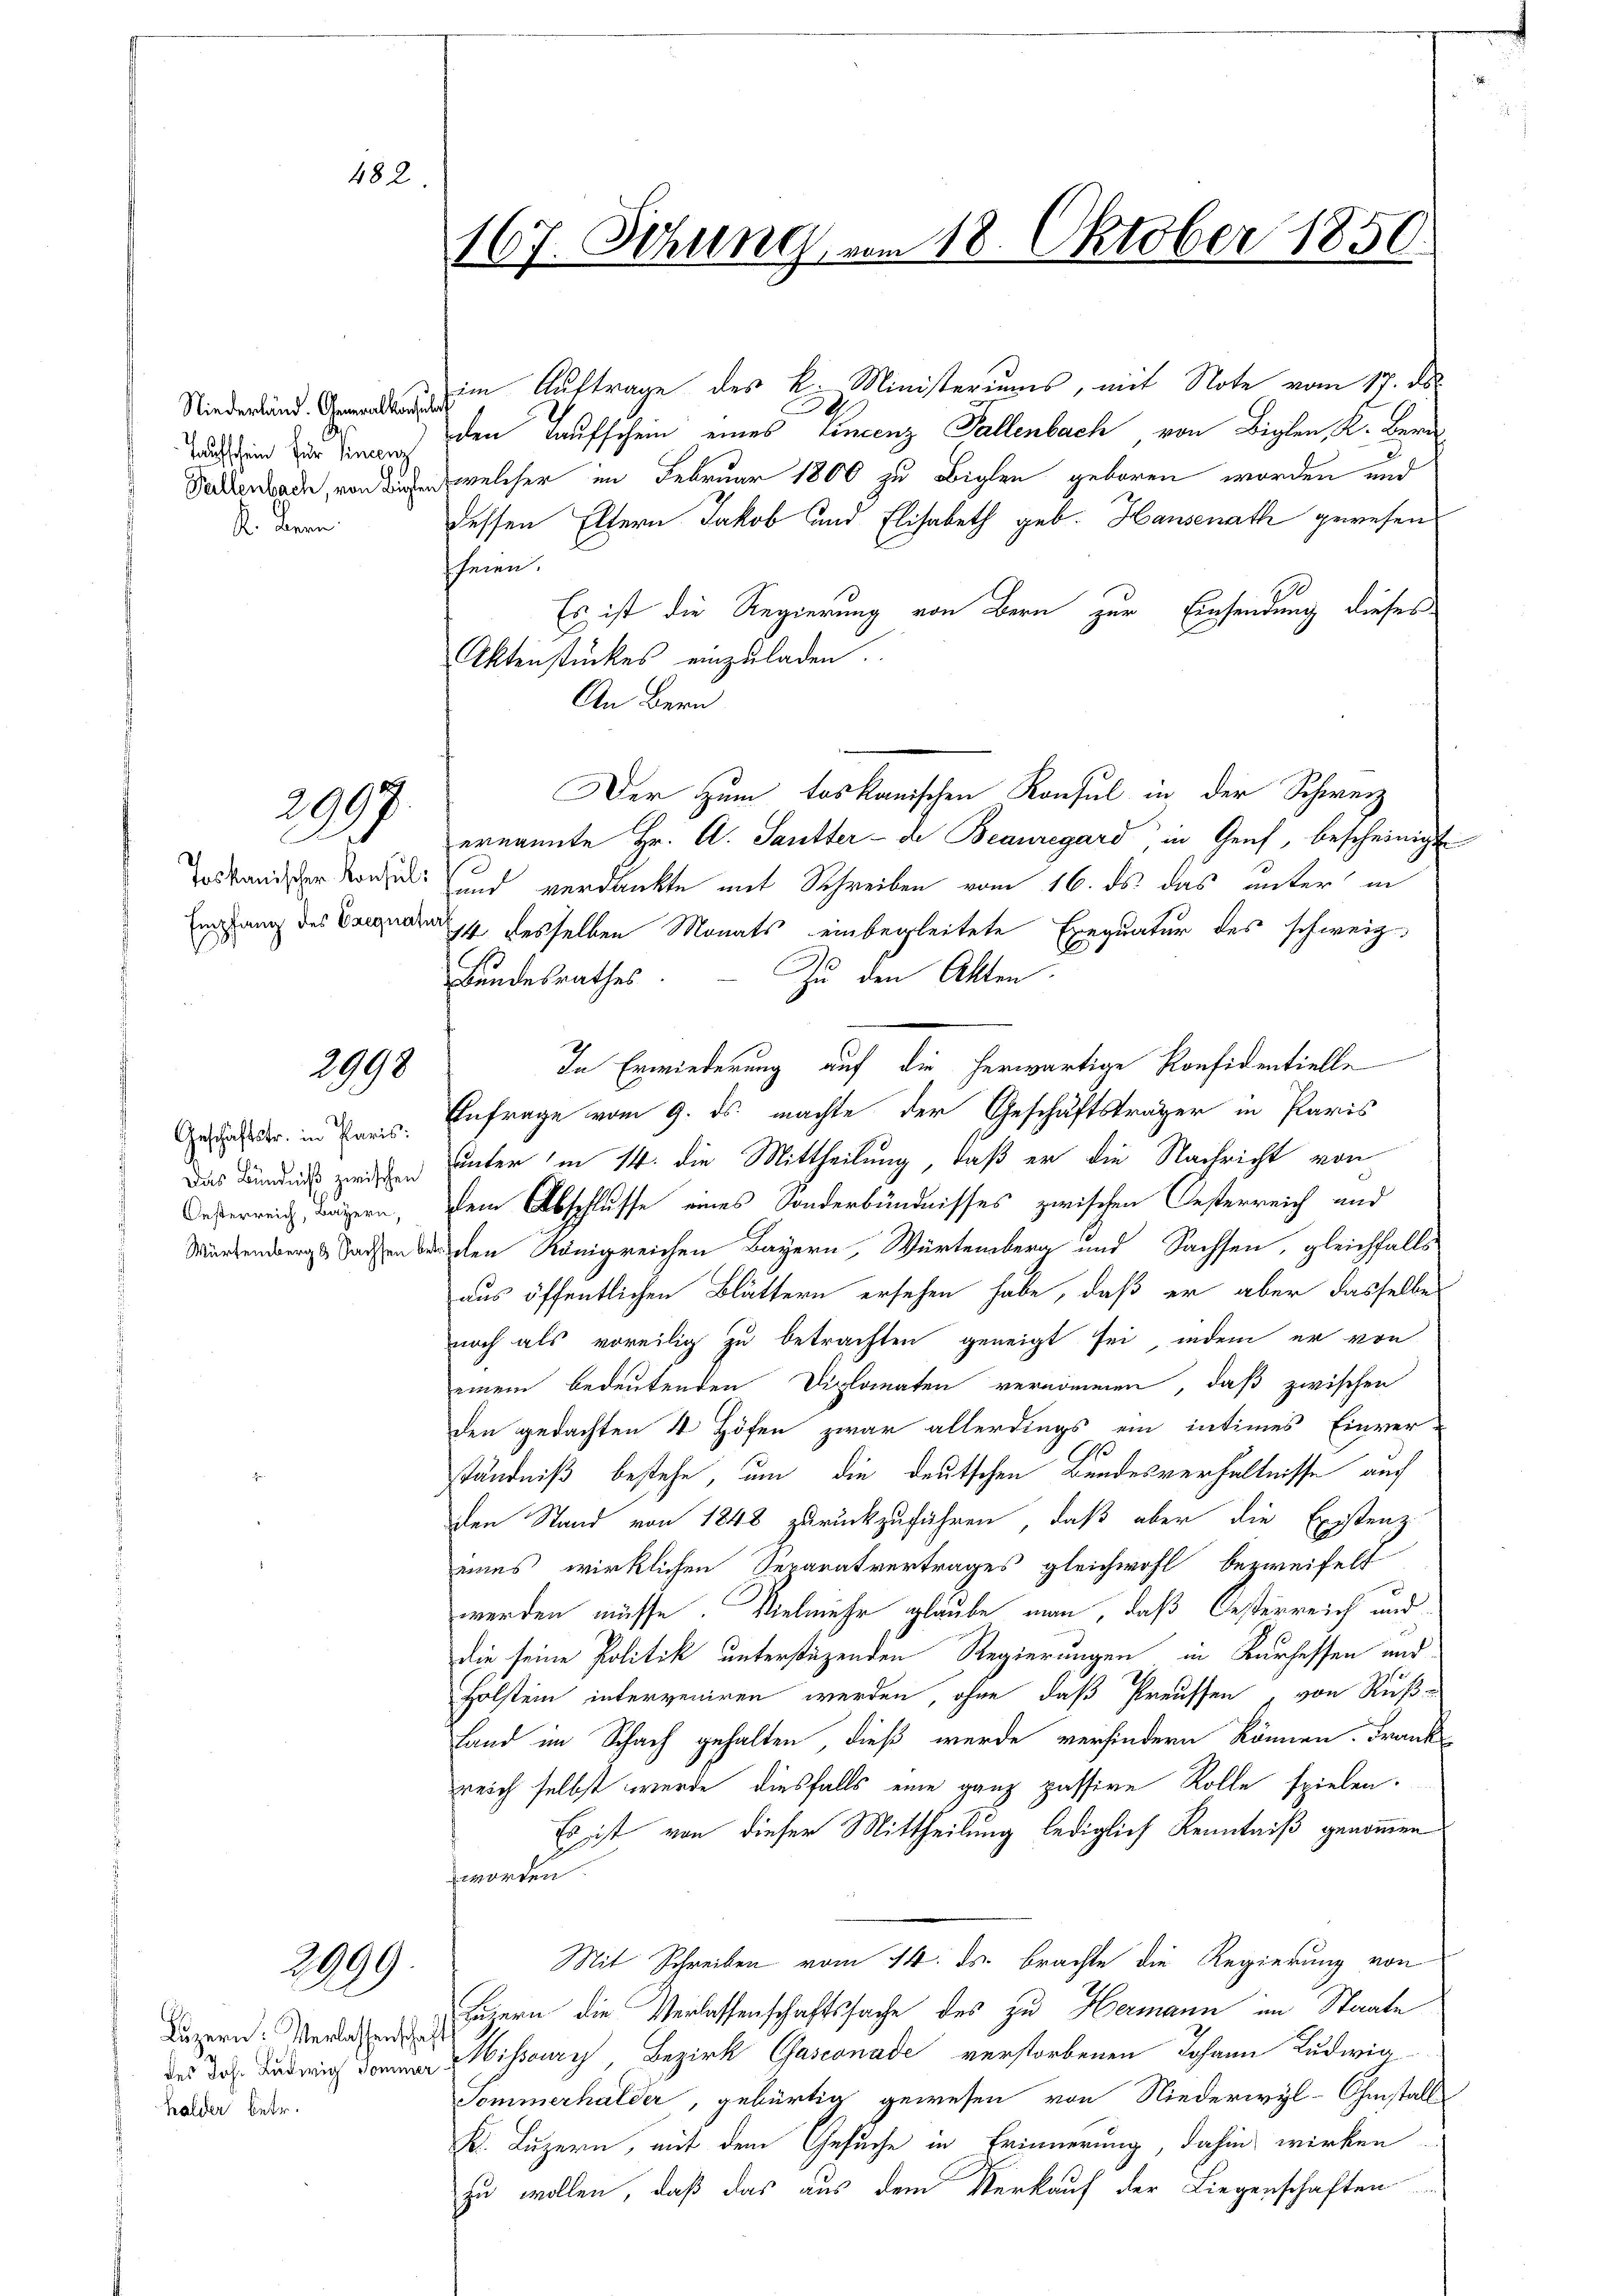
482.

Taufschein für Vincenz
K. Bern

2097.
C

2998

.
Geschäftstr. in Paris:
Oesterreich, Bayern,
Würtembergs Sachsen

2999.

Luzern: Verlassenschafts
halder betr.

167. Sitzung vom 18. Oktober 1850.

.. Auftrage des k. Ministeriums, mit Note vom 17. ds.
den Taufschein eines Vincenz Fallenbach von Biglen K. Bern
Sederbach, von den welcher im Februar 1800 zu obigen geboren worden und
dessen Eltern Jakob und Elisabeth geb. Hausenath gewesen
heien.
Es ist die Regierung von Bern zur Einsendung dieses
Aktenstückes einzuladen.
An Bern
Der zum toskanischen Konsul in der Schwerz
ernannte Hr. A. Sautter - de Beauregard in Genf, bescheinigt
os ander Weide und verdankte mit Schreiben vom 16. ds. das unter in
mähung des anden desselben Monats einbegleitete Exequatur des schweiz.
Zu den Akten.
Bundesrathes
In Erwiederung auf die herwärtige Konfidentielle
Anfrage vom 9. ds. machte der Geschäftsträger in Paris
Das Kind zweiten unter in 14. die Mittheilung, daß er die Nachricht von
dem Abschlusse eines Sonderbündnisses zwischen Oesterreich und
eden Königreichen Bayern, Würtemberg und Sachsen, gleichfalls
aus öffentlichen Blättern ersehen habe, daß er aber dasselbe
noch als voreilig zu betrachten geneigt sei, indem er von
einem bedeutenden Diplomaten vernommen, daß zwischen
den gedachten 4 Höfen zwar allerdings ein intimes Einver-
ständniß bestehe, um die deutschen Bundesverhältnisse auf
den Stand von 1848 zurückzuführen, daß aber die Existenz
eines wirklichen Separatvertrages gleichwohl bezweifelt
werden müsse. Vielmehr glaube man, daß Oesterreich und
die seine Politik unterstüzenden Regierungen in Kurhessen und
Holstein interveniren werden, ohne daß Preussen, von Ruß-
Land im Schach gehalten, dieß wurde verhindern können. Frank
reich selbst werde, diesfalls eine ganz passive Rolle spielen.
Es ist von dieser Mittheilung lediglich Kenntniß genommen
worden
Mit Schreiben vom 14. ds. brachte die Regierung von
Luzern die Verlassenschaftssache des zu Hermann im Staate
 dissor Bezirk Gusconade verstorbenen Johann Ludwig-
Sommerhalder, gebürtig gewesen von Niederwyl-Install
K. Luzern, mit dem Gesuche in Erinnerung, dahin wirken
zu wollen, daß das aus dem Verkauf der Liegenschaften